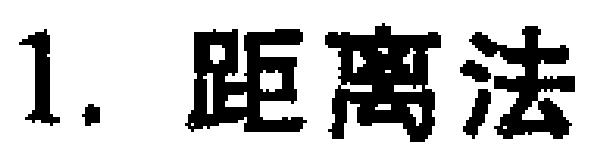
1. 距离法